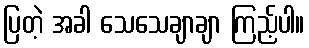
ပြတဲ့ အခါ သေသေချာချာ ကြည့်ပါ။